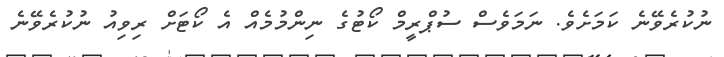
ނުކުރެވޭނެ ކަމަށެވެ. ނަމަވެސް ސުޕްރީމް ކޯޓުގެ ނިންމުމެއް އެ ކޯޓަށް ރިވިއު ނުކުރެވޭނެ